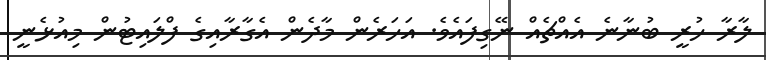
ލާރާ ހުރީ ބުނާނެ އެއްޗެއް ނޭގިފައެވެ. އަހަރެން މާދެން އެގާރާއިގެ ފްލައިޓުން މިއުޅެނީ